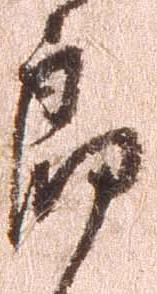
郎